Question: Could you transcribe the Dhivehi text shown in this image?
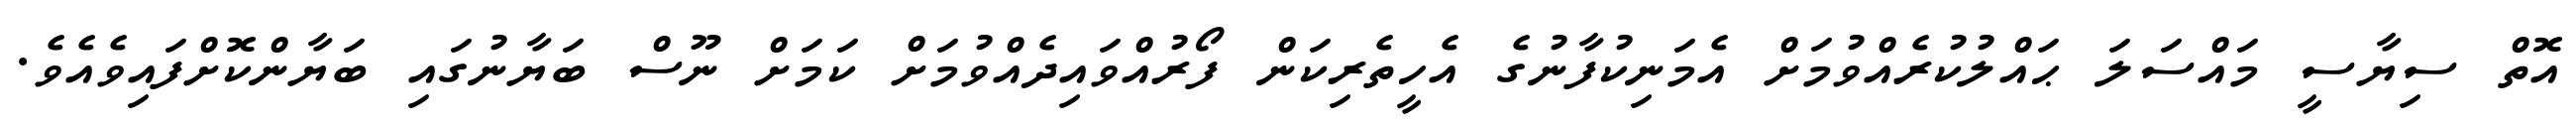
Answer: އޮތް ސިޔާސީ މައްސަލަ ޙައްލުކުރެއްވުމަށް އެމަނިކުފާނުގެ އެހީތެރިކަން ފޯރުއްވައިދެއްވުމަށް ކަމަށް ނޫސް ބަޔާނުގައި ބަޔާންކޮށްފައިވެއެވެ.